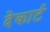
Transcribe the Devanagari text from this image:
देकार्ट